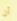
أن